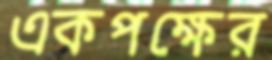
একপক্ষের